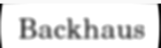
Backhaus